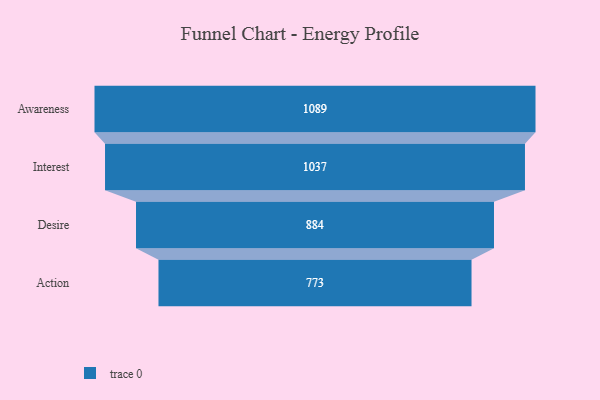
{"axis": {"x": "Stage", "y": "Value"}, "legend": [""], "data": [{"x": "Awareness", "y": 1089.0, "type": ""}, {"x": "Interest", "y": 1037.0, "type": ""}, {"x": "Desire", "y": 884.0, "type": ""}, {"x": "Action", "y": 773.0, "type": ""}]}